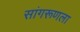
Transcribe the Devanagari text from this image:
सांगरूणला